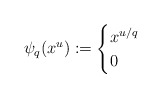
\begin{align*}\psi_q(x^u) := \begin{cases}x^{u/q} & \\0 & \end{cases}\end{align*}